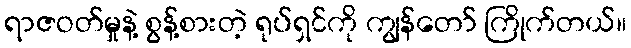
ရာဇဝတ်မှုနဲ့ စွန့်စားတဲ့ ရုပ်ရှင်ကို ကျွန်တော် ကြိုက်တယ်။